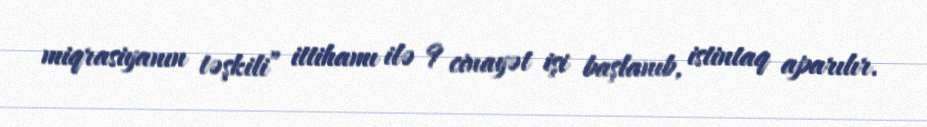
miqrasiyanın təşkili” ittihamı ilə 9 cinayət işi başlanıb, istintaq aparılır.